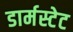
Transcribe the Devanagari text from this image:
डार्मस्टेट